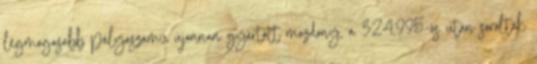
legmagasabb pályaszámú újonnan gyártott mozdony, a 324,995-ös után sorolták